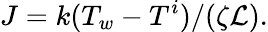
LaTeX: J={k(T_{w}-T^{i})}/({\zeta{\cal L}}).